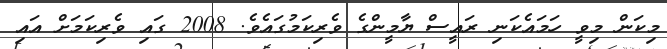
މިކަން މިވީ ހަމައެކަނި ރައީސް ޔާމީންގެ ވެރިކަމުގައެވެ. 2008 ގައި ވެެރިކަމަށް އައި